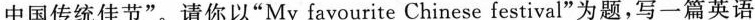
中国传统佳节”。请你以”My favourite Chinese festival”为题，写一篇英语